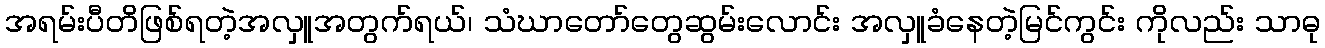
အရမ်းပီတိဖြစ်ရတဲ့အလှူအတွက်ရယ်၊ သံဃာတော်တွေဆွမ်းလောင်း အလှူခံနေတဲ့မြင်ကွင်း ကိုလည်း သာဓု